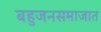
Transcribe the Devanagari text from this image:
बहुजनसमाजात